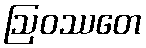
ဩဝဿတေ